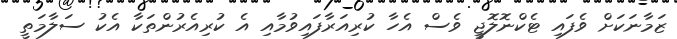
ޒަމާނަކަށް ވެފައި ޓެކްނޮލޮޖީ ވެސް އެހާ ކުރިއަރާފައިވުމާއި އެ ކުރިއެރުންތަކާ އެކު ސަލާމަތީ